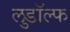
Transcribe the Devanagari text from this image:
लुडॉल्फ